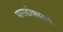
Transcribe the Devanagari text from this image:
पाराडोक्ससके